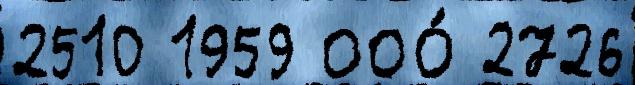
2510 1959 ООО́ 2726